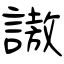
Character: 謸